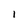
Character: I